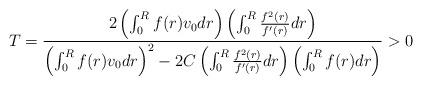
LaTeX: \begin{align*}T=\displaystyle\frac{2\left( \int_{0}^{R}f(r)v_{0}dr\right) \left( \int_{0}^{R}\frac{f^{2}(r)}{{f}^{\prime}(r)}dr\right) }{\left( \int_{0}^{R}f(r)v_{0}dr\right) ^{2}-2C\left( \int_{0}^{R}\frac{f^{2}(r)}{{f}^{\prime}(r)}dr\right) \left( \int_{0}^{R}f(r)dr\right) }>0\end{align*}